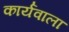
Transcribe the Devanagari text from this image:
कार्यवाला